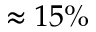
\approx 1 5 \%